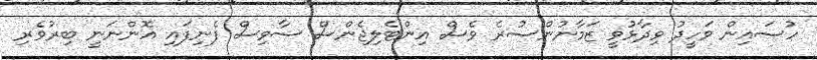
ހުސައިން ވަހީދު ވިދާޅުވީ ޒަމާނުންސުރެ ވެސް އިންޓެލިޖެންސް ސާވިސް ފެނިފައި އޮންނަނީ ބިރުވެރި